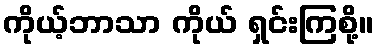
ကိုယ့်ဘာသာ ကိုယ် ရှင်းကြစို့။